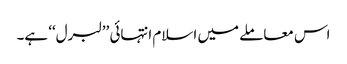
اس معاملے میں اسلام انتہائی ’’لبرل‘‘ ہے۔